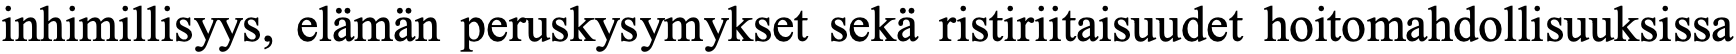
inhimillisyys, elämän peruskysymykset sekä ristiriitaisuudet hoitomahdollisuuksissa